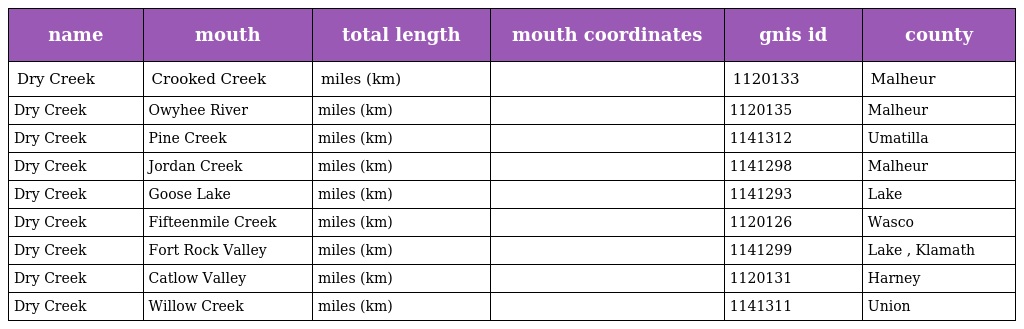
| name | mouth | total length | mouth coordinates | gnis id | county |
 | --- | --- | --- | --- | --- | --- |
 | Dry Creek | Crooked Creek | miles (km) |  | 1120133 | Malheur |
 | Dry Creek | Owyhee River | miles (km) |  | 1120135 | Malheur |
 | Dry Creek | Pine Creek | miles (km) |  | 1141312 | Umatilla |
 | Dry Creek | Jordan Creek | miles (km) |  | 1141298 | Malheur |
 | Dry Creek | Goose Lake | miles (km) |  | 1141293 | Lake |
 | Dry Creek | Fifteenmile Creek | miles (km) |  | 1120126 | Wasco |
 | Dry Creek | Fort Rock Valley | miles (km) |  | 1141299 | Lake , Klamath |
 | Dry Creek | Catlow Valley | miles (km) |  | 1120131 | Harney |
 | Dry Creek | Willow Creek | miles (km) |  | 1141311 | Union |